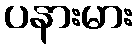
ပနားမား